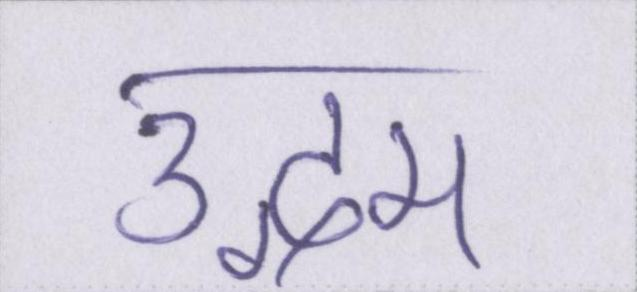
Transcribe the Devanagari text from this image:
उद्गम